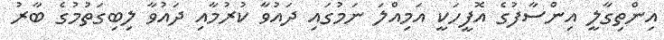
އިންތިގާލީ އިންސާފުގެ އޮފީހަކީ އަމިއްލަ ނަމުގައި ދައުވާ ކުރުމާއި ދައުވާ ލިބިގަތުމުގެ ބާރު